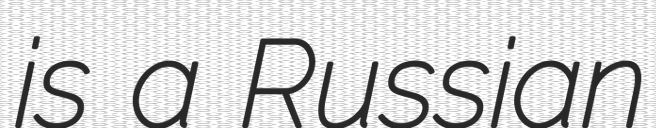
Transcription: is a Russian